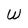
Character: W